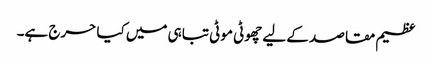
عظیم مقاصد کے لیے چھوٹی موٹی تباہی میں کیا حرج ہے۔